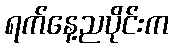
ရက်နေ့ညပိုင်းက